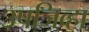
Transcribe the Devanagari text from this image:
उपजिव्हा